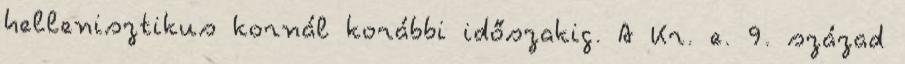
hellenisztikus kornál korábbi időszakig. A Kr. e. 9. század